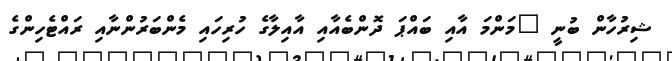
ޝިރުހާން ބުނީ "މަންމަ އާއި ބައްޕަ ދޮންބެއާއި އާއިލާގެ ހުރިހައި މެންބަރުންނާއި ރައްޓެހިންގެ